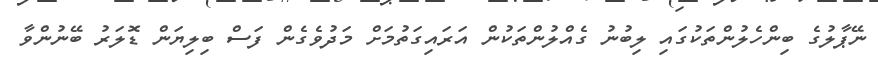
ނޭޕާލުގެ ބިންހެލުންތަކުގައި ލިބުނު ގެއްލުންތަކުން އަރައިގަތުމަށް މަދުވެގެން ފަސް ބިލިޔަން ޑޮލަރު ބޭނުންވާ